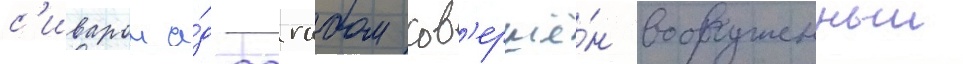
с'иваром а́д-дагабом сов'ершё́н вооруженныи